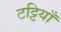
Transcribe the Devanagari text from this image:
टट्टियाँ